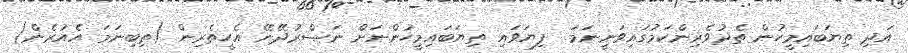
އަދި ތިޔަބައިމީހުން ތެދުވެރިންކަމުގައިވަނީނަމަ  ފިޔަވައި ތިޔަބައިމީހުންނަށް ނަޞްރުދޭނޭ އެހީތެރިން (ތިބިނަމަ އެއުރެން)